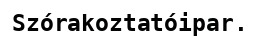
Szórakoztatóipar.